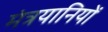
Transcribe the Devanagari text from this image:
मंत्रयानियों